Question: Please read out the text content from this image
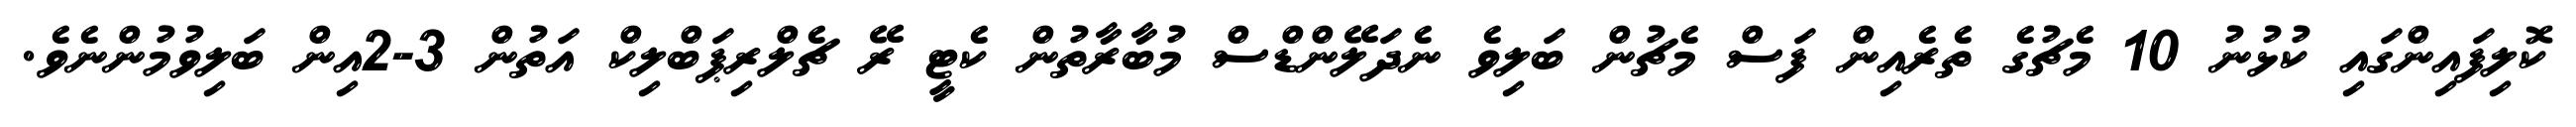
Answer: ކޮލިފައިންގައި ކުޅުނު 10 މެޗުގެ ތެރެއިން ފަސް މެޗުން ބަލިވެ ނެދަލޭންޑްސް މުބާރާތުން ކެޓީ ރޭ ޗެލްރިޕަބްލިކް އަތުން 3-2އިން ބަލިވުމުންނެވެ.